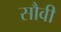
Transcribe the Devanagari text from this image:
सौवी